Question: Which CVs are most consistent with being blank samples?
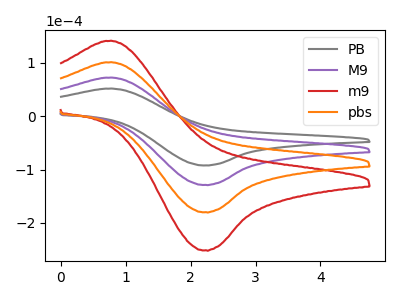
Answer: <think>The gray curve "PB" has an anodic peak at (0.80V, 51.75uA) and a cathodic peak at (2.25V, -92.05uA). The purple curve "M9" has an anodic peak at (0.80V, 72.30uA) and a cathodic peak at (2.25V, -128.60uA). The red curve "m9" has an anodic peak at (0.80V, 216.90uA) and a cathodic peak at (2.25V, -385.85uA). The orange curve "pbs" has an anodic peak at (0.80V, 144.60uA) and a cathodic peak at (2.25V, -257.25uA).</think>
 <answer>There are not any CV's on this graph that are likely to be blanks.</answer>
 <eval>none</eval>